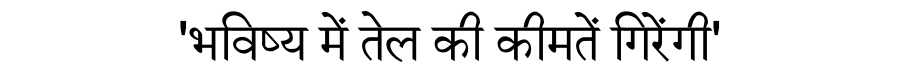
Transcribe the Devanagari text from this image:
'भविष्य में तेल की कीमतें गिरेंगी'